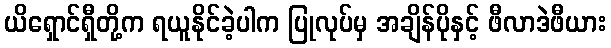
ယိရှောင်ရှီတို့က ရယူနိုင်ခဲ့ပါက ပြုလုပ်မှ အချိန်ပိုနှင့် ဖီလာဒဲဖီယား